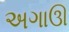
અગાઊ